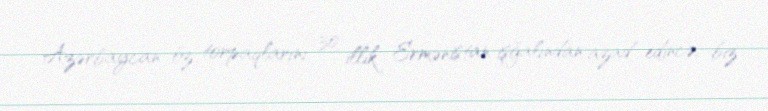
Azərbaycan öz torpaqlarını 30 illik Ermənistan işğalından azad edincə, biz